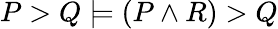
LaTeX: P>Q\models(P\land R)>Q